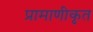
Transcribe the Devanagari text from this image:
प्रामाणीकृत